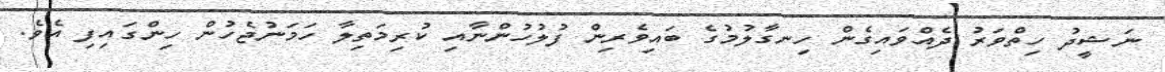
ނަޝީދު ހިތްވަރު ދެއްވައިގެން ހިނގާލުމުގެ ބައިވެރިން ފުލުހުންނާއި ކުރިމަތިލާ ހަމަނުޖެހުން ހިންގައިފި އެވެ.